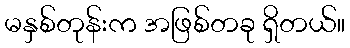
မနှစ်တုန်းက အဖြစ်တခု ရှိတယ်။